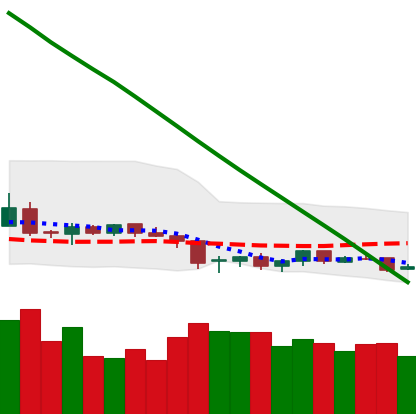
Ticker: NEO-USD
Chart end date: 2019-02-07
Forward return: 19.192%
Label: up_7plus